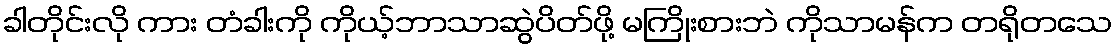
ခါတိုင်းလို ကား တံခါးကို ကိုယ့်ဘာသာဆွဲပိတ်ဖို့ မကြိုးစားဘဲ ကိုသာမန်က တရိုတသေ